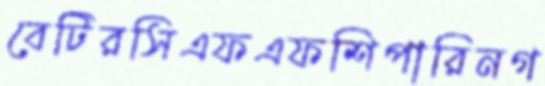
বেটিরসিএফএফশিপারিনগ